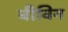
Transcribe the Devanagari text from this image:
बीविन